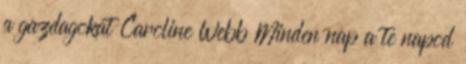
a gazdagokat Caroline Webb Minden nap a te napod